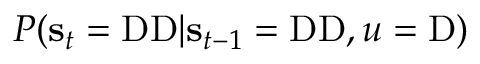
P ( \mathbf { s } _ { t } = \mathrm { D D } | \mathbf { s } _ { t - 1 } = \mathrm { D D } , u = \mathrm { D } )